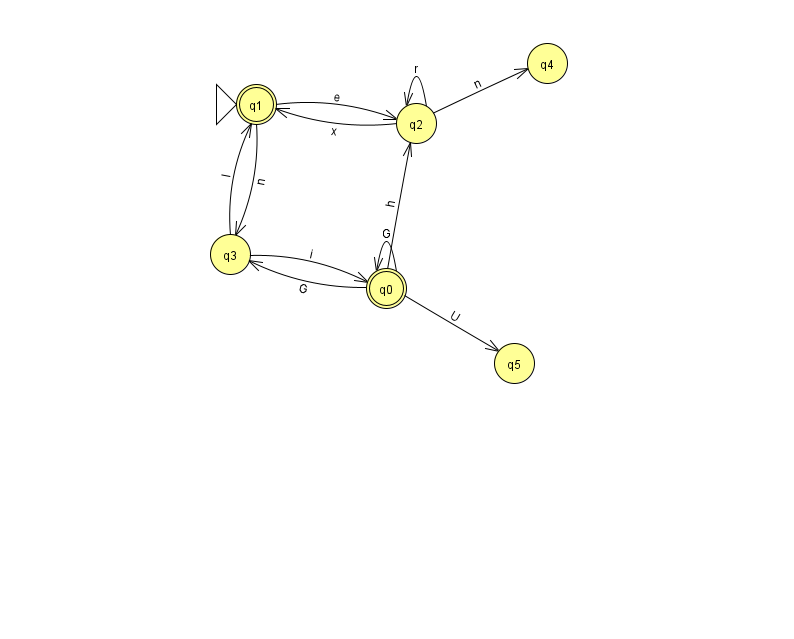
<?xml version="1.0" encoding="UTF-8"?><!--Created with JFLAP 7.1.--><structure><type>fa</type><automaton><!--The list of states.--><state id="0" name="q0"><x>386.0</x><y>275.0</y><final/></state><state id="1" name="q1"><x>256.0</x><y>91.0</y><initial/><final/></state><state id="2" name="q2"><x>416.0</x><y>110.0</y></state><state id="3" name="q3"><x>230.0</x><y>241.0</y></state><state id="4" name="q4"><x>547.0</x><y>50.0</y></state><state id="5" name="q5"><x>514.0</x><y>350.0</y></state><!--The list of transitions.--><transition><from>0</from><to>3</to><read>G</read></transition><transition><from>2</from><to>2</to><read>r</read></transition><transition><from>1</from><to>2</to><read>e</read></transition><transition><from>0</from><to>0</to><read>G</read></transition><transition><from>2</from><to>1</to><read>x</read></transition><transition><from>2</from><to>4</to><read>n</read></transition><transition><from>3</from><to>1</to><read>l</read></transition><transition><from>0</from><to>5</to><read>U</read></transition><transition><from>0</from><to>2</to><read>h</read></transition><transition><from>1</from><to>3</to><read>n</read></transition><transition><from>3</from><to>0</to><read>i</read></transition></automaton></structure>